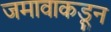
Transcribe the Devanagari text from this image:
जमावाकडून